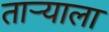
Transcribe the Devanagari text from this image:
ताऱ्‍याला